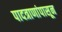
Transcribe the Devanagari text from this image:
पादत्राणांपासून